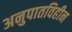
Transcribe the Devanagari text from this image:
अनुपातविहीन